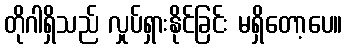
တိုဂါရှိသည် လှုပ်ရှားနိုင်ခြင်း မရှိတော့ပေ။